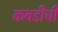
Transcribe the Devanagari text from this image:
कवडीची